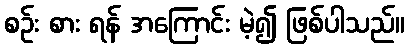
စဉ်း စား ရန် အကြောင်း မဲ့၍ ဖြစ်ပါသည်။